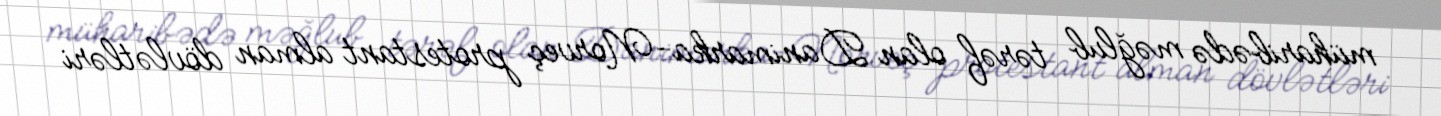
müharibədə məğlub tərəf olan Danimarka-Norveç protestant alman dövlətləri